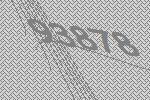
93878